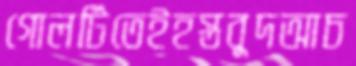
গোলটিতেইহস্তবুদআচ